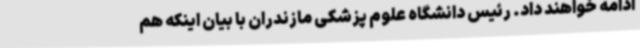
ادامه خواهند داد. رئیس دانشگاه علوم پزشکی مازندران با بیان اینکه هم